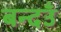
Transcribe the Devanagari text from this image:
बन्दउँ